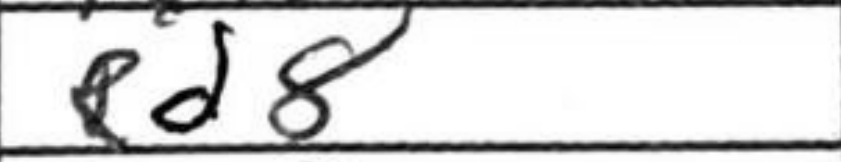
Transcription: Rd8